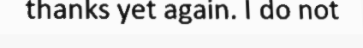
thanks yet again. I do not